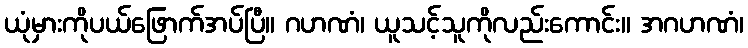
ယုံမှားကိုပယ်ဖြောက်အပ်ပြီ။ ဂဟဏံ၊ ယူသင့်သူကိုလည်းကောင်း။ အဂဟဏံ၊